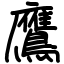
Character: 鷹